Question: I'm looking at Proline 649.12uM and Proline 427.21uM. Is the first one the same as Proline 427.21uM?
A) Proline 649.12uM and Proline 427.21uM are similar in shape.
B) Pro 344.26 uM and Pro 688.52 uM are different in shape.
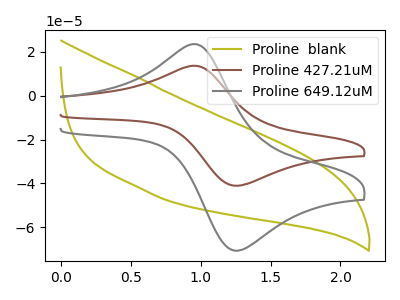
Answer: <think>The olive curve "Proline  blank" has no peaks. The brown curve "Proline 427.21uM" has an anodic peak at (0.95V, 13.70uA) and a cathodic peak at (1.30V, -40.95uA). The gray curve "Proline 649.12uM" has an anodic peak at (0.95V, 23.60uA) and a cathodic peak at (1.30V, -70.50uA).
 All the peaks in "Proline 649.12uM" have a peak in "Proline 427.21uM" at the same potential. Every peak in "Proline 649.12uM" is higher than every peak in "Proline 427.21uM".</think>
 <answer>A) "Proline 649.12uM" and "Proline 427.21uM" are similar in shape.</answer>
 <eval>A</eval>